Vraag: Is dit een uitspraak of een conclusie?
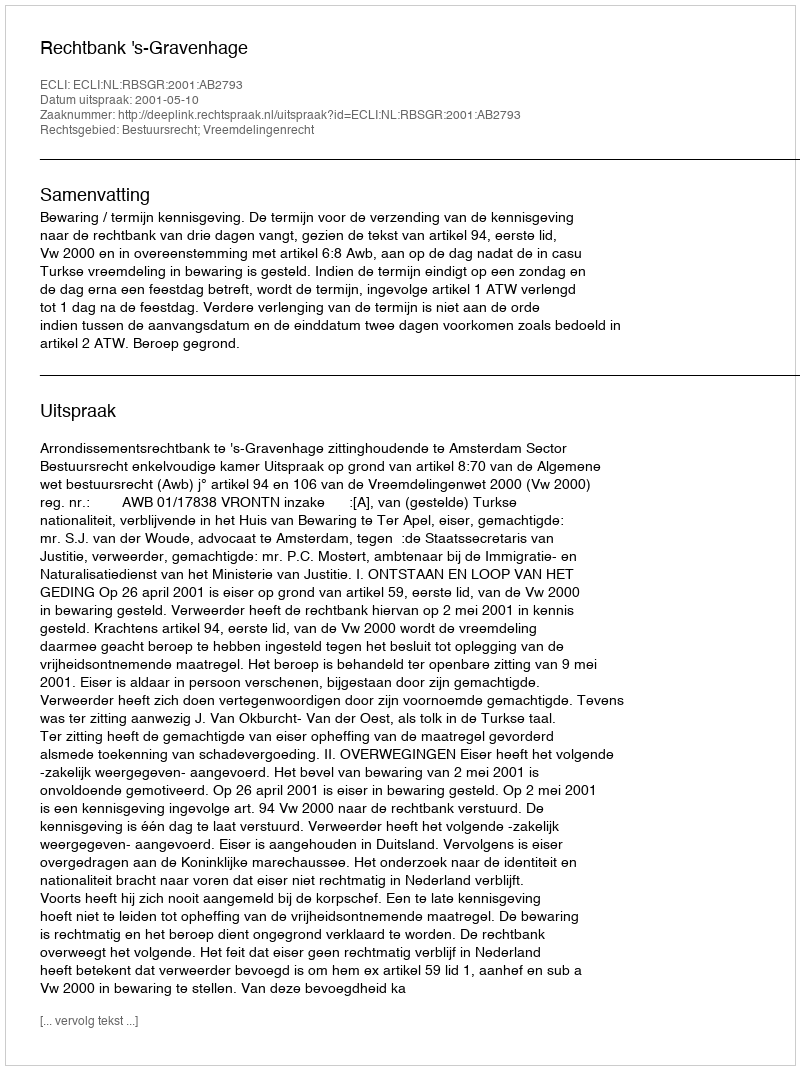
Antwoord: Uitspraak